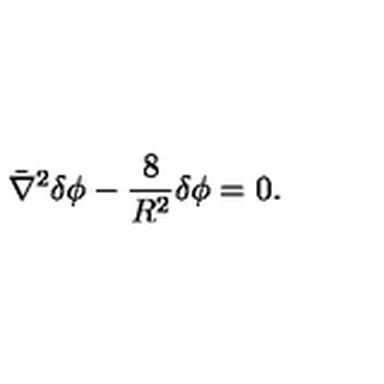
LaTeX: \bar { \nabla } ^ { 2 } \delta \phi - { \frac { 8 } { R ^ { 2 } } } \delta \phi = 0 .